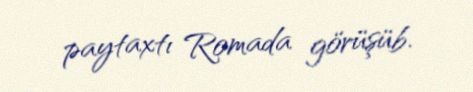
paytaxtı Romada görüşüb.